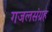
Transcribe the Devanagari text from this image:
गजलसंग्रह